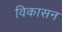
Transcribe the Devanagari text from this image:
विकासन